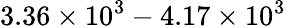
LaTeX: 3.36\times 10^{3}-4.17\times 10^{3}